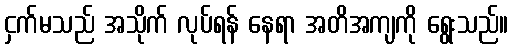
ငှက်မသည် အသိုက် လုပ်ရန် နေရာ အတိအကျကို ရွေးသည်။